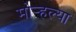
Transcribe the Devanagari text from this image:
मोर्‍हल्या